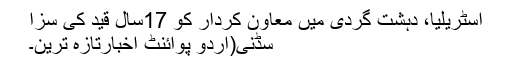
آسٹریلیا، دہشت گردی میں معاون کردار کو 17سال قید کی سزا
سڈنی(اُردو پوائنٹ اخبارتازہ ترین۔